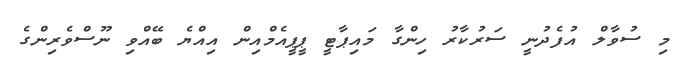
މި ސުވާލް އުފެދުނީ ސަރުކާރު ހިންގާ މައިޕާޓީ ޕީޕީއެމްއިން އިއްޔެ ބޭއްވި ނޫސްވެރިންގެ